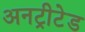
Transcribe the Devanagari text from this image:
अनट्रीटेड